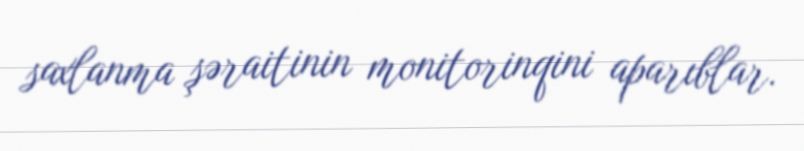
saxlanma şəraitinin monitorinqini aparıblar.